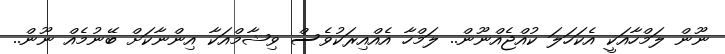
ނޫން ލަމްހާއަކީ އެކަހަލަ ކުއްޖެއްނޫން.. ލަމްހާ އެއްއިރަކުވެސް ވިޝާމްއަކާ އިންނާކަށް ބޭނުމެއް ނޫން..